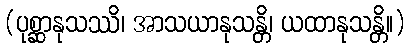
(ပုစ္ဆာနုသဿိ၊ အာသယာနုသန္တိ၊ ယထာနုသန္တိ။)